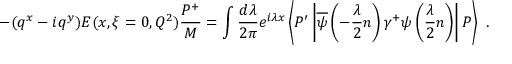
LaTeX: - ( q ^ { x } - i q ^ { y } ) E ( x , \xi = 0 , Q ^ { 2 } ) \frac { P ^ { + } } { M } = \int \frac { d \lambda } { 2 \pi } e ^ { i \lambda x } \left\langle P ^ { \prime } \left| \overline { { \psi } } \left( - \frac { \lambda } { 2 } n \right) \gamma ^ { + } \psi \left( \frac { \lambda } { 2 } n \right) \right| P \right\rangle \ .